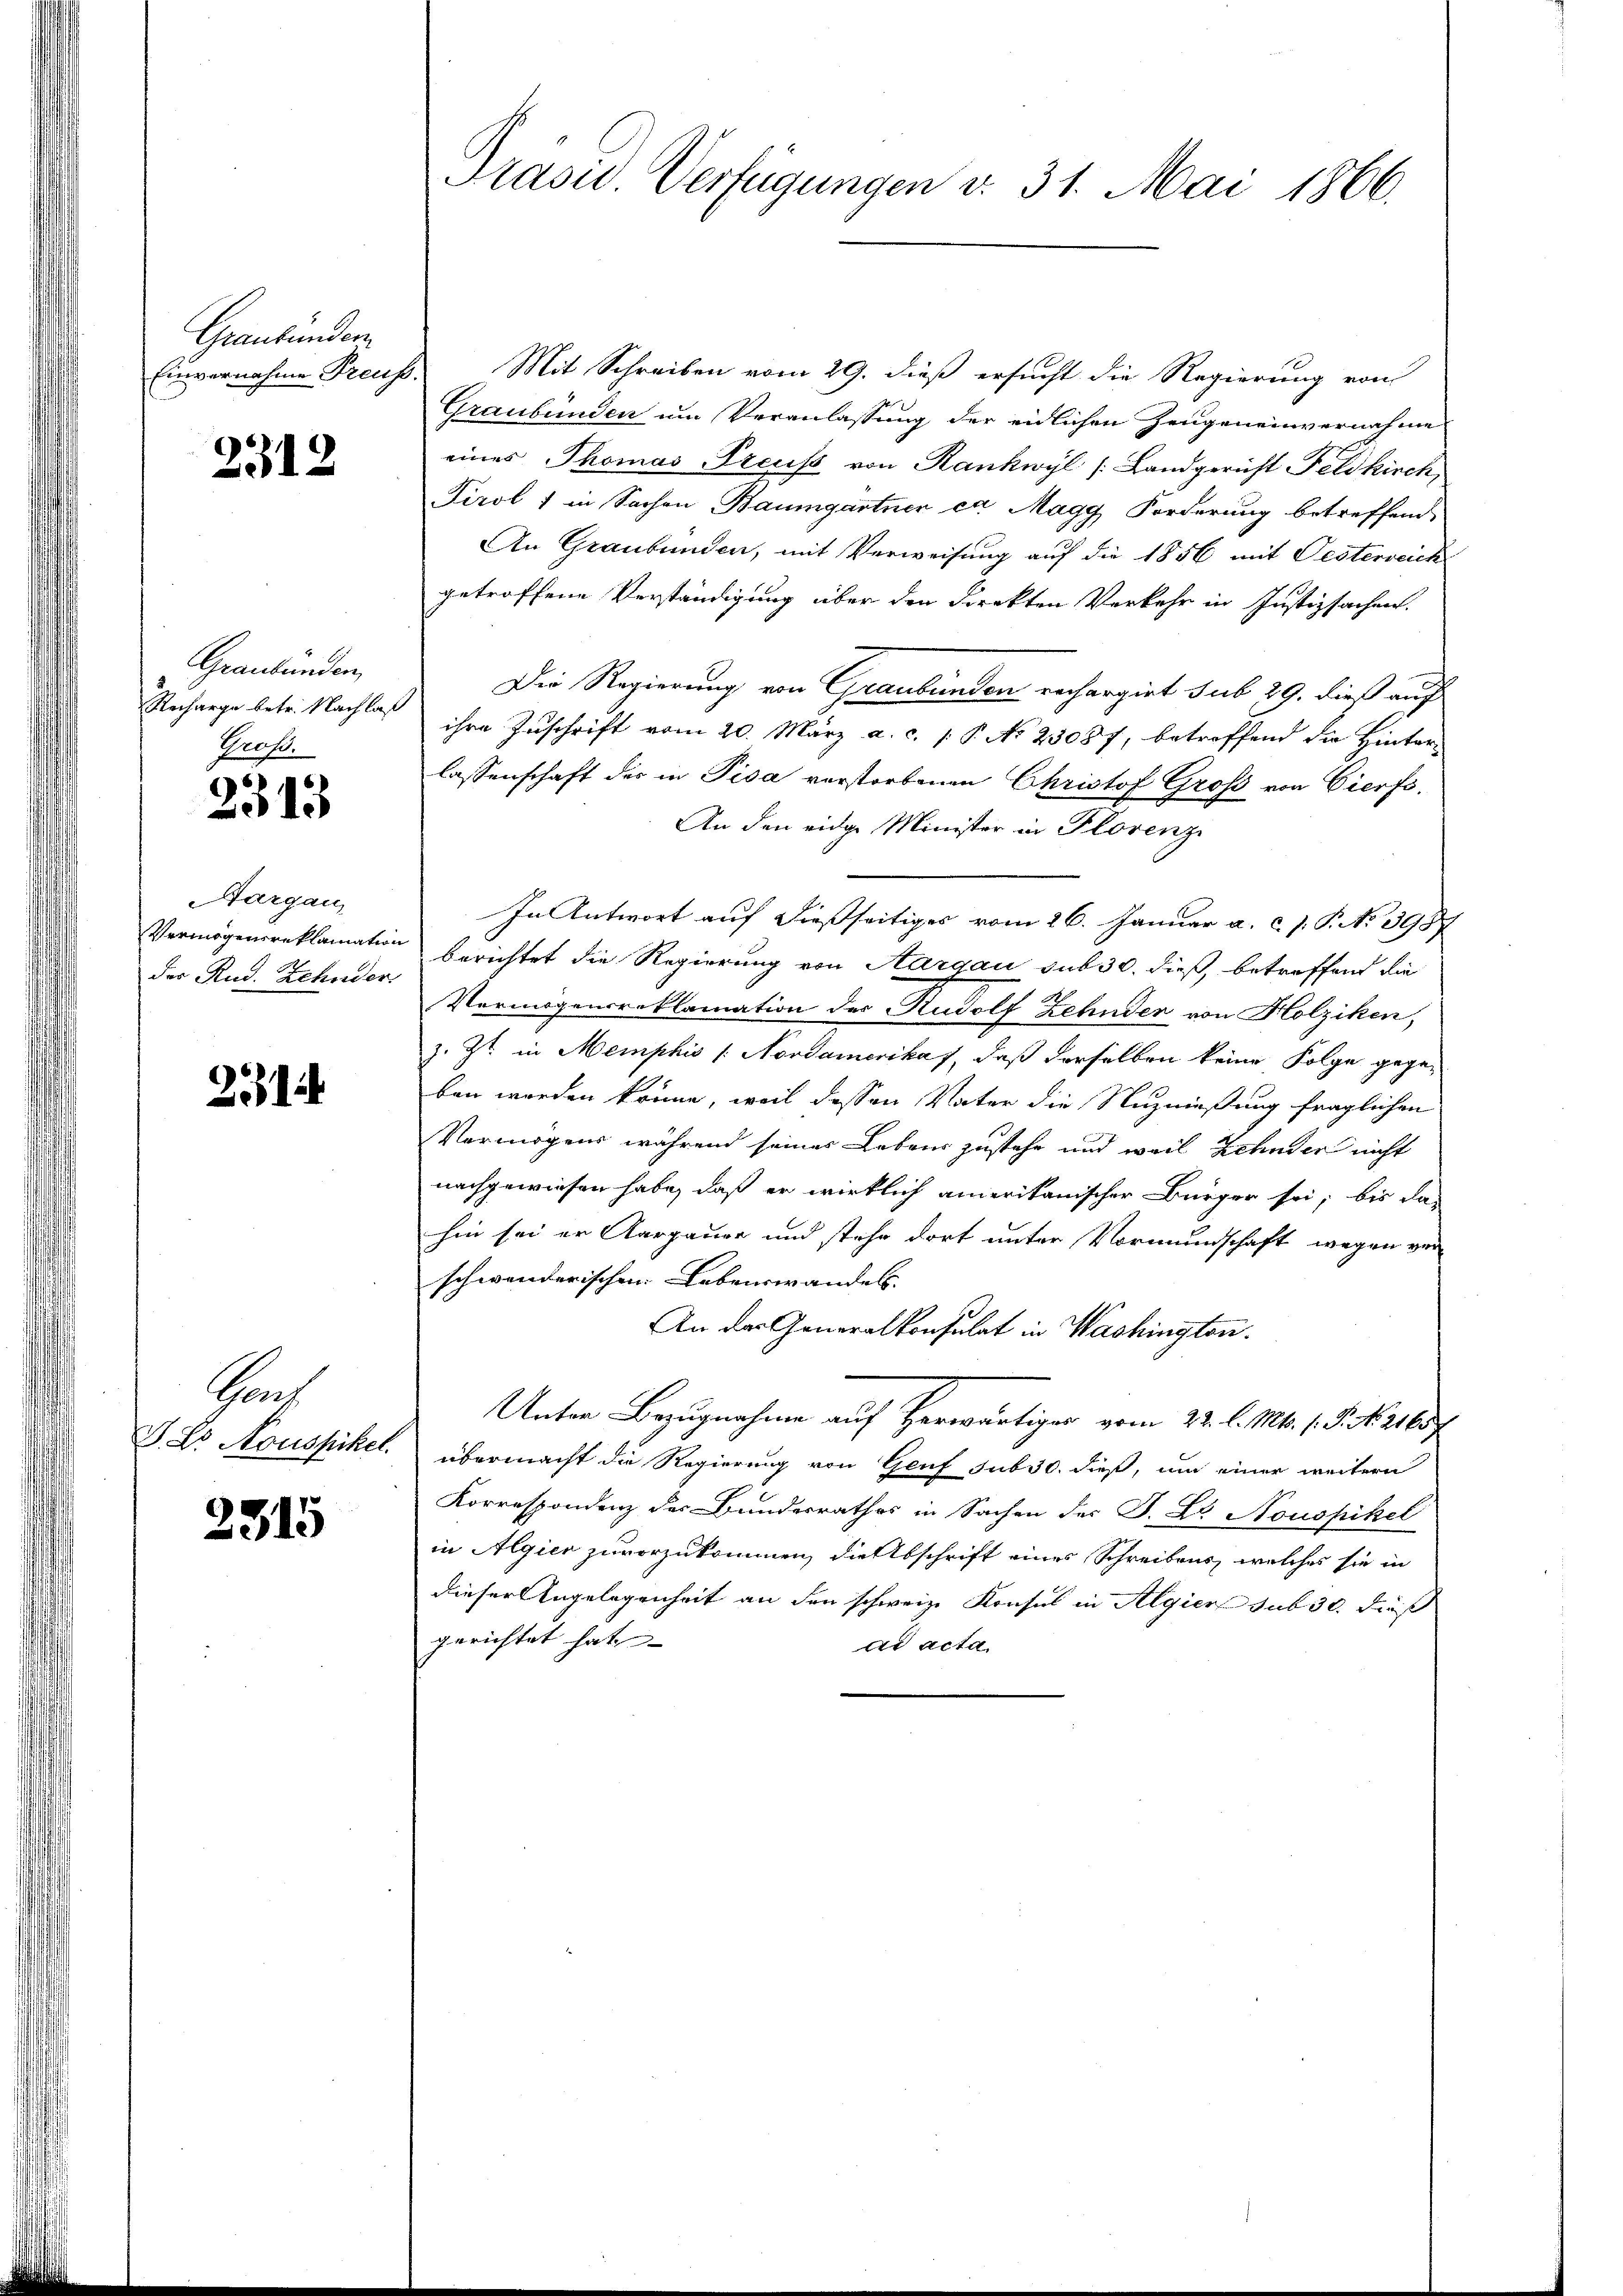
Graubünden
Einvernahme Preuss

2312

Graubünden,
Recharge betr. Nachlaß
Prof.

2315

Aargau,
Vermögensreklamation
der Rud. Zehnder

251

Graf
2
 Nouspikel.

2315

Präsid. Verfügungen v. 31. Mai 1866.

Mit Schreiben vom 29. dieß ersucht die Regierung von
Graubünden um Veranlassung der endlichen Zeugeneinvernahme
eines Thomas Preuss von Rankwyl /: Landgericht Feldkirch
Tirol ) in Sachen Baumgartner ca Magy Forderung betreffend,
An Graubünden, mit Verweisung auf die 1856 mit Oesterreich
getroffene Verständigung über den Direkten Verkehr in Justizsachen.
Die Regierung von Graubünden rechargirt sub 29. dieß auf
ihre Zuschrift vom 20. März a. c. P. No 23087, betroffend die Hinter-
lassenschaft der in Pisa verstorbenen Christof Groß von Vierfo¬
An den eidge Minister in Florenz
In Antwort auf dießseitiges vom 26. Januar a. c. J. P. No 3987
berichtet die Regierung von Aargau sub 30. dieß, betreffend die
Vermögensreklamation der Rudolf Zehnder von Holziken,
z. Zt. in Memphis /: Nordamerikas, daß derselben keine Folge gegeben worden könne, weil dessen Vater die Nuznießung fraglichen
Vermögens während seiner Lebens zustehe und weil Zehnder nicht
nachgewiesen habe, daß er wirklich amerikanischer Bürger sei; bis da-
hin sei er Aargauer und stehe dort unter Vormundschaft wegen ver-
schwenderischen Lebenswandel
An der Generalkonsulat in Washington.
Unter Bezugnahme auf Herwärtiger vom 22. l. Mts. 1. No. 21657
übermacht die Regierung von Genf sub 30. dieß, um einer weitern
Korrespondenz des Bunderrathes in Sachen der J. Lt. Nouspikel
in Algier zuvorzukommen, die Abschrift eines Schreibens, welches sie in
dieser Angelegenheit an den schweiz. Konsus in Algien sub 30. dieß
gerichtet hat
ad acta.